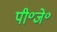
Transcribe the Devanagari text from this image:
पी॰जे॰